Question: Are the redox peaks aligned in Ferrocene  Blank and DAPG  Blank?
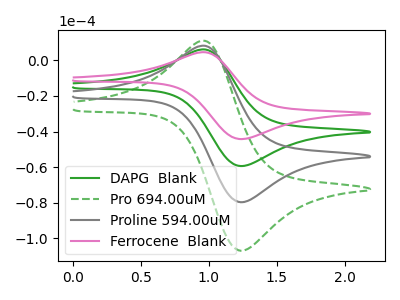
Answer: <think>The green curve "DAPG  Blank" has an anodic peak at (0.95V, 6.05uA) and a cathodic peak at (1.25V, -59.40uA). The green dashed curve "Pro 694.00uM" has an anodic peak at (0.95V, 18.15uA) and a cathodic peak at (1.25V, -178.20uA). The gray curve "Proline 594.00uM" has an anodic peak at (0.95V, 12.10uA) and a cathodic peak at (1.25V, -118.80uA). The pink curve "Ferrocene  Blank" has an anodic peak at (0.95V, 4.50uA) and a cathodic peak at (1.25V, -44.25uA).</think>
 <answer>Yes, "Ferrocene  Blank" have a peak in "DAPG  Blank" at the same potential.</answer>
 <eval>match</eval>